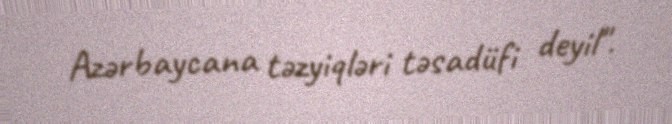
Azərbaycana təzyiqləri təsadüfi deyil".